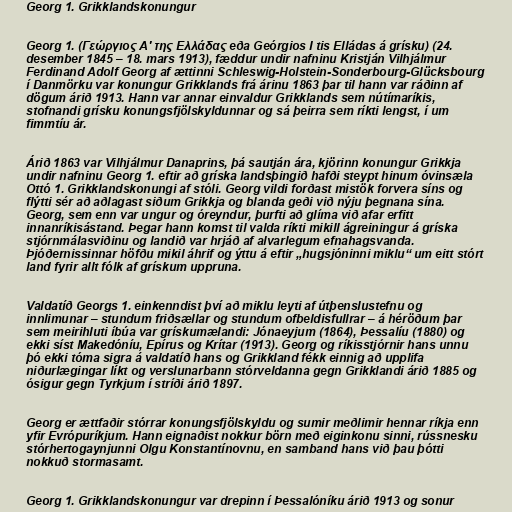
Georg 1. Grikklandskonungur

Georg 1. (Γεώργιος A' της Ελλάδας eða Geórgios I tis Elládas á grísku) (24.
desember 1845 – 18. mars 1913), fæddur undir nafninu Kristján Vilhjálmur
Ferdinand Adolf Georg af ættinni Schleswig-Holstein-Sonderbourg-Glücksbourg
í Danmörku var konungur Grikklands frá árinu 1863 þar til hann var ráðinn af
dögum árið 1913. Hann var annar einvaldur Grikklands sem nútímaríkis,
stofnandi grísku konungsfjölskyldunnar og sá þeirra sem ríkti lengst, í um
fimmtíu ár.

Árið 1863 var Vilhjálmur Danaprins, þá sautján ára, kjörinn konungur Grikkja
undir nafninu Georg 1. eftir að gríska landsþingið hafði steypt hinum óvinsæla
Ottó 1. Grikklandskonungi af stóli. Georg vildi forðast mistök forvera síns og
flýtti sér að aðlagast siðum Grikkja og blanda geði við nýju þegnana sína.
Georg, sem enn var ungur og óreyndur, þurfti að glíma við afar erfitt
innanríkisástand. Þegar hann komst til valda ríkti mikill ágreiningur á gríska
stjórnmálasviðinu og landið var hrjáð af alvarlegum efnahagsvanda.
Þjóðernissinnar höfðu mikil áhrif og ýttu á eftir „hugsjóninni miklu“ um eitt stórt
land fyrir allt fólk af grískum uppruna.

Valdatíð Georgs 1. einkenndist því að miklu leyti af útþenslustefnu og
innlimunar – stundum friðsællar og stundum ofbeldisfullrar – á héröðum þar
sem meirihluti íbúa var grískumælandi: Jónaeyjum (1864), Þessalíu (1880) og
ekki síst Makedóníu, Epírus og Krítar (1913). Georg og ríkisstjórnir hans unnu
þó ekki tóma sigra á valdatíð hans og Grikkland fékk einnig að upplifa
niðurlægingar líkt og verslunarbann stórveldanna gegn Grikklandi árið 1885 og
ósigur gegn Tyrkjum í stríði árið 1897.

Georg er ættfaðir stórrar konungsfjölskyldu og sumir meðlimir hennar ríkja enn
yfir Evrópuríkjum. Hann eignaðist nokkur börn með eiginkonu sinni, rússnesku
stórhertogaynjunni Olgu Konstantínovnu, en samband hans við þau þótti
nokkuð stormasamt.

Georg 1. Grikklandskonungur var drepinn í Þessalóníku árið 1913 og sonur